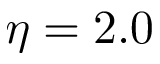
\eta = 2 . 0